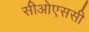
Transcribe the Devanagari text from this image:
सीओएससी